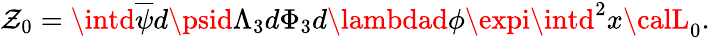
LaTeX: \mathcal{Z}_{0}=\intd\overline{{{{\psi}}}}d\psid{\Lambda}_{3}d\Phi_{3}d\lambdad\phi\expi\intd^{2}x{\calL}_{0}.